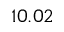
1 0 . 0 2